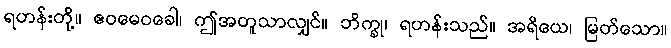
ရဟန်းတို့။ ဧဝမေဝခေါ၊ ဤအတူသာလျှင်။ ဘိက္ခု၊ ရဟန်းသည်။ အရိယေ၊ မြတ်သော။